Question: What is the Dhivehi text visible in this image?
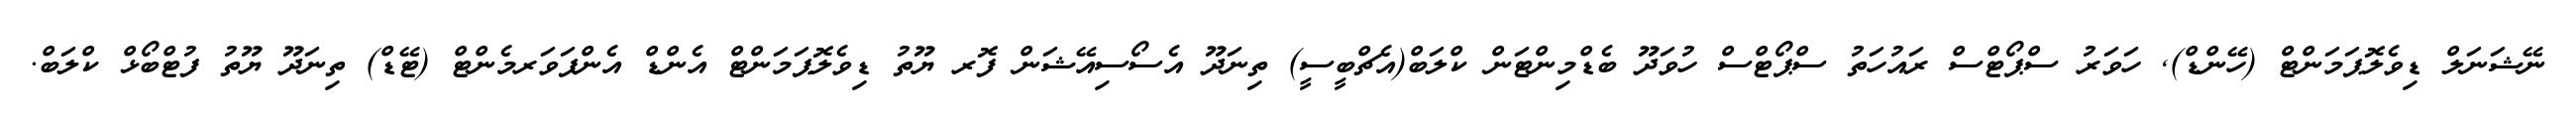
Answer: ނޭޝަނަލް ޑިވެލޮޕަމަންޓް (ހޭންޑް), ހަވަރު ސްޕޯޓްސް ރައުހަތު ސްޕޯޓްސް ހުވަދޫ ބެޑްމިންޓަން ކްލަބް(އެޗްބީސީ) ތިނަދޫ އެސޯސިއޭޝަން ފޮރ ޔޫތު ޑިވެލޮޕަމަންޓް އެންޑް އެންޕަވަރމެންޓް (ޓޭޑް) ތިނަދޫ ޔޫތު ފުޓްބޯޅް ކްލަބް.